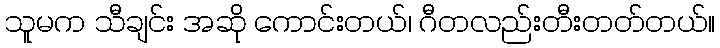
သူမက သီချင်း အဆို ကောင်းတယ်၊ ဂီတလည်းတီးတတ်တယ်။